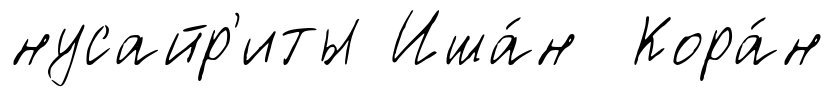
нусайр'иты Иша́н Кора́н